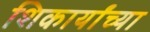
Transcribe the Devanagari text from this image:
शिकार्यांच्या